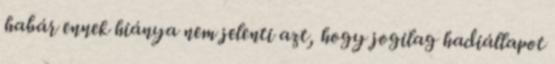
habár ennek hiánya nem jelenti azt, hogy jogilag hadiállapot